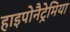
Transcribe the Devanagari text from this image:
हाइपोनैट्रेमिया